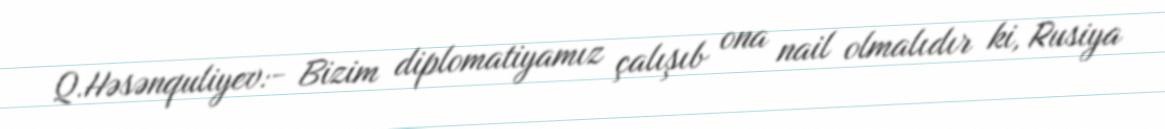
Q.Həsənquliyev:- Bizim diplomatiyamız çalışıb ona nail olmalıdır ki, Rusiya